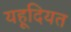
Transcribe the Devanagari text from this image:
यहूदियत